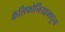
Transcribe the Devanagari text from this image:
कॅलिफोर्नियामधुन